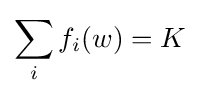
\sum _{i}f_{i}(w)=K